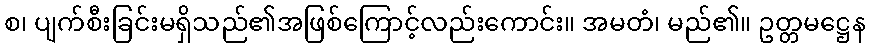
စ၊ ပျက်စီးခြင်းမရှိသည်၏အဖြစ်ကြောင့်လည်းကောင်း။ အမတံ၊ မည်၏။ ဥတ္တမဋ္ဌေန